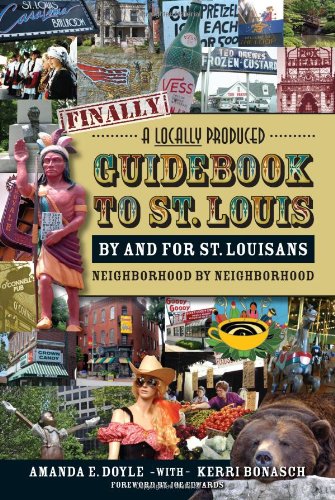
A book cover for Finally, A Locally Produced Guidebook to St. Louis by and for St. Louisans, Neighborhood by Neighborhood; Amanda E. Doyle; Travel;